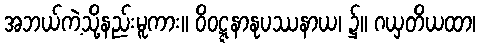
အဘယ်ကဲ့သို့နည်းမူကား။ ဝိဝဋ္ဋနာနုပဿနာယ၊ ၌။ ဂယှတိယထာ၊